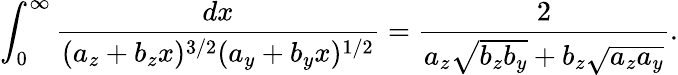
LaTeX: \int_{0}^{\infty}\frac{dx}{(a_{z}+b_{z}x)^{3/2}(a_{y}+b_{y}x)^{1/2}}=\frac{2}{a_{z}\sqrt{b_{z}b_{y}}+b_{z}\sqrt{a_{z}a_{y}}}.